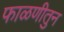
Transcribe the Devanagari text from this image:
फाळणीतुन